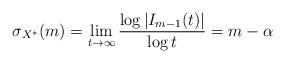
LaTeX: \begin{align*} \sigma_{X^*}(m) =\lim_{t\to \infty} \frac{\log \left| I_{m-1}(t) \right|}{\log t}= m-\alpha\end{align*}